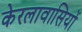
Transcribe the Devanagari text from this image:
केरलावासियों